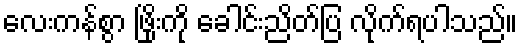
လေးကန်စွာ ဖြိုးကို ခေါင်းညိတ်ပြ လိုက်ရပါသည်။